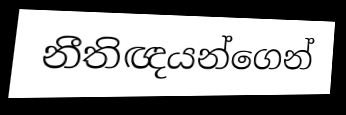
නීතිඥයන්ගෙන්